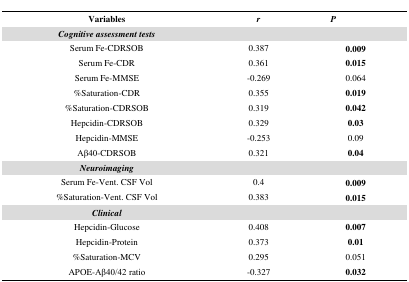
| Variables | r | P |
 | --- | --- | --- |
 | Cognitive assessment tests |  |  |
 | Serum Fe-CDRSOB | 0.387 | 0.009 |
 | Serum Fe-CDR | 0.361 | 0.015 |
 | Serum Fe-MMSE | -0.269 | 0.064 |
 | %Saturation-CDR | 0.355 | 0.019 |
 | %Saturation-CDRSOB | 0.319 | 0.042 |
 | Hepcidin-CDRSOB | 0.329 | 0.03 |
 | Hepcidin-MMSE | -0.253 | 0.09 |
 | Aβ40-CDRSOB | 0.321 | 0.04 |
 | Neuroimaging |  |  |
 | Serum Fe-Vent. CSF Vol | 0.4 | 0.009 |
 | %Saturation-Vent. CSF Vol | 0.383 | 0.015 |
 | Clinical |  |  |
 | Hepcidin-Glucose | 0.408 | 0.007 |
 | Hepcidin-Protein | 0.373 | 0.01 |
 | %Saturation-MCV | 0.295 | 0.051 |
 | APOE-Aβ40/42 ratio | -0.327 | 0.032 |